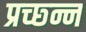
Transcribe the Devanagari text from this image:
प्रच्छ्न्न